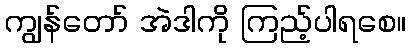
ကျွန်တော် အဲဒါကို ကြည့်ပါရစေ။